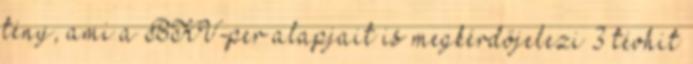
tény, ami a BKV-per alapjait is megkérdőjelezi 3 tévhit